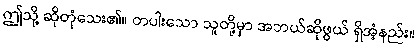
ဤသို့ ဆိုတုံသေး၏။ တပါးသော သူတို့မှာ အဘယ်ဆိုဖွယ် ရှိအံ့နည်း။